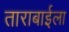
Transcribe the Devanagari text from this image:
ताराबाईला